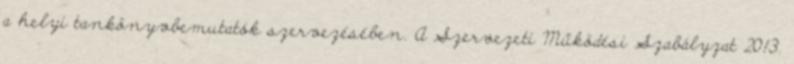
a helyi tankönyvbemutatók szervezésében. A Szervezeti Működési Szabályzat 2013.